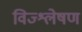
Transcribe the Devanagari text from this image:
विज्श्लेषण